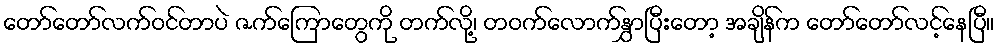
တော်တော်လက်ဝင်တာပဲ ဇက်ကြောတွေကို တက်လို့၊ တဝက်လောက်နွှာပြီးတော့ အချိန်က တော်တော်လင့်နေပြီ။